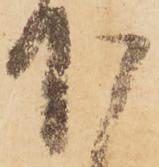
下